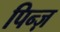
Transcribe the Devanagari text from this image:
पिन्ज़